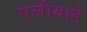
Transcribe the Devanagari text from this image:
एलीयाडे